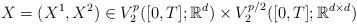
LaTeX: \begin{align*}X=(X^1,X^2) \in V^p_2 ([0,T];\mathbb{R}^{d}) \times V^{p/2}_2 ([0,T]; \mathbb{R}^{d\times d}) \end{align*}